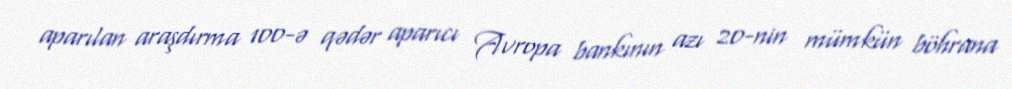
aparılan araşdırma 100-ə qədər aparıcı Avropa bankının azı 20-nin mümkün böhrana